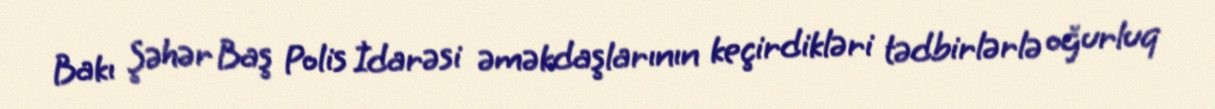
Bakı Şəhər Baş Polis İdarəsi əməkdaşlarının keçirdikləri tədbirlərlə oğurluq